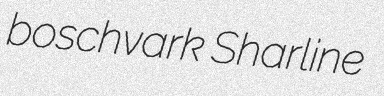
boschvark Sharline